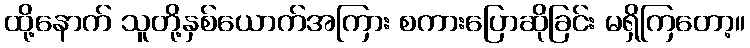
ထို့နောက် သူတို့နှစ်ယောက်အကြား စကားပြောဆိုခြင်း မရှိကြတော့။